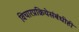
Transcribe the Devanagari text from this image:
विचारप्रक्रियेसंबंधीही